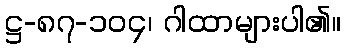
ဋ္ဌ-၈၇-၁၀၄၊ ဂါထာများပါ၏။